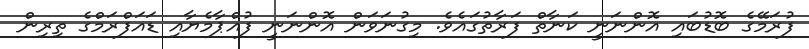
ފުރަމޭގެ ބޮޑުބައި އޮންނަނީ ކަނާތް ފަރާތުގައެވެ. މިގުނަވަން އޮންނަނީ ފުއްޕާމެޔާއި ޑައަފްރަމްގެ ތިރިން